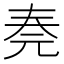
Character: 𠒏